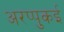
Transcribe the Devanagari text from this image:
अरप्पुकई